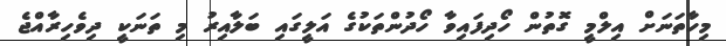
މިހާތަނަށް އިލްމީ ގޮތުން ހޯދިފައިވާ ހޯދުންތަކުގެ އަލީގައި ބަލާއިރު މި ތަނަކީ ދިވެހިރާއްޖެ